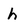
Character: h